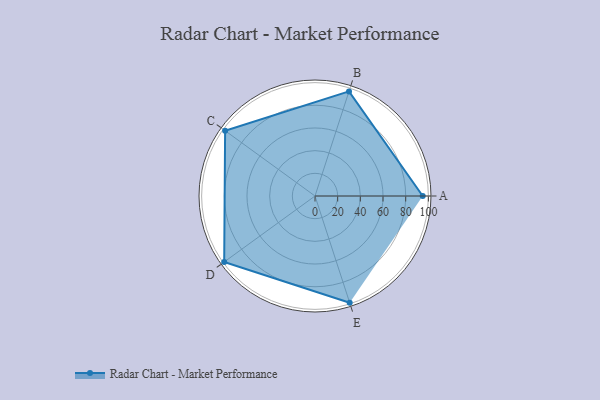
{"axis": {"x": "Skill", "y": "Score"}, "legend": ["Profile"], "data": [{"x": "A", "y": 95.0, "type": "Profile"}, {"x": "B", "y": 97.0, "type": "Profile"}, {"x": "C", "y": 98.0, "type": "Profile"}, {"x": "D", "y": 99, "type": "Profile"}, {"x": "E", "y": 99, "type": "Profile"}]}